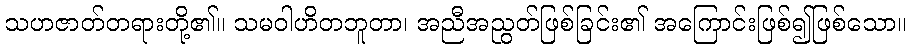
သဟဇာတ်တရားတို့၏။ သမဝါဟိတဘူတာ၊ အညီအညွတ်ဖြစ်ခြင်း၏ အကြောင်းဖြစ်၍ဖြစ်သော။